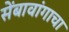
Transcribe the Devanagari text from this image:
सेंबावांगाचा